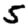
Digit: 5